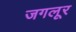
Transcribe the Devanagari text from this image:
जगलूर